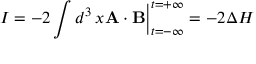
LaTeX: I = - 2 \int d ^ { 3 } \, x { \bf A } \cdot { \bf B } \Big | _ { t = - \infty } ^ { t = + \infty } = - 2 \Delta H